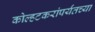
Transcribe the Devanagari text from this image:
कोल्हटकरांपर्यंतच्या